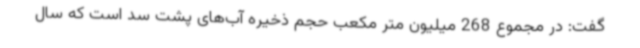
گفت: در مجموع 268 میلیون متر مکعب حجم ذخیره آب‌های پشت سد است که سال